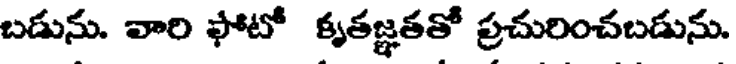
బడును. వారి ఫోటో కృతజ్ఞతతో ప్రచురించబడును.